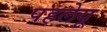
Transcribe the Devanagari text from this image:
पहलेयू